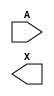
module sky130_fd_sc_hd__lpflow_lsbuf_lh_hl_isowell_tap (
    //# {{data|Data Signals}}
    input  A,
    output X
);

    // Voltage supply signals
    wire    VPWRIN;
    supply1 VPWR  ;
    supply0 VGND  ;
    supply1 VPB   ;

endmodule